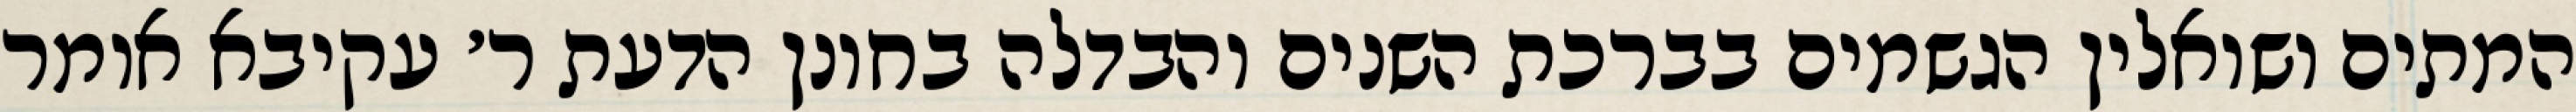
המתים ושואלין הגשמים בברכת השנים והבדלה בחונן הדעת ר׳ עקיבא אומר